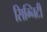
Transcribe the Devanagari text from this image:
सिग्निटी